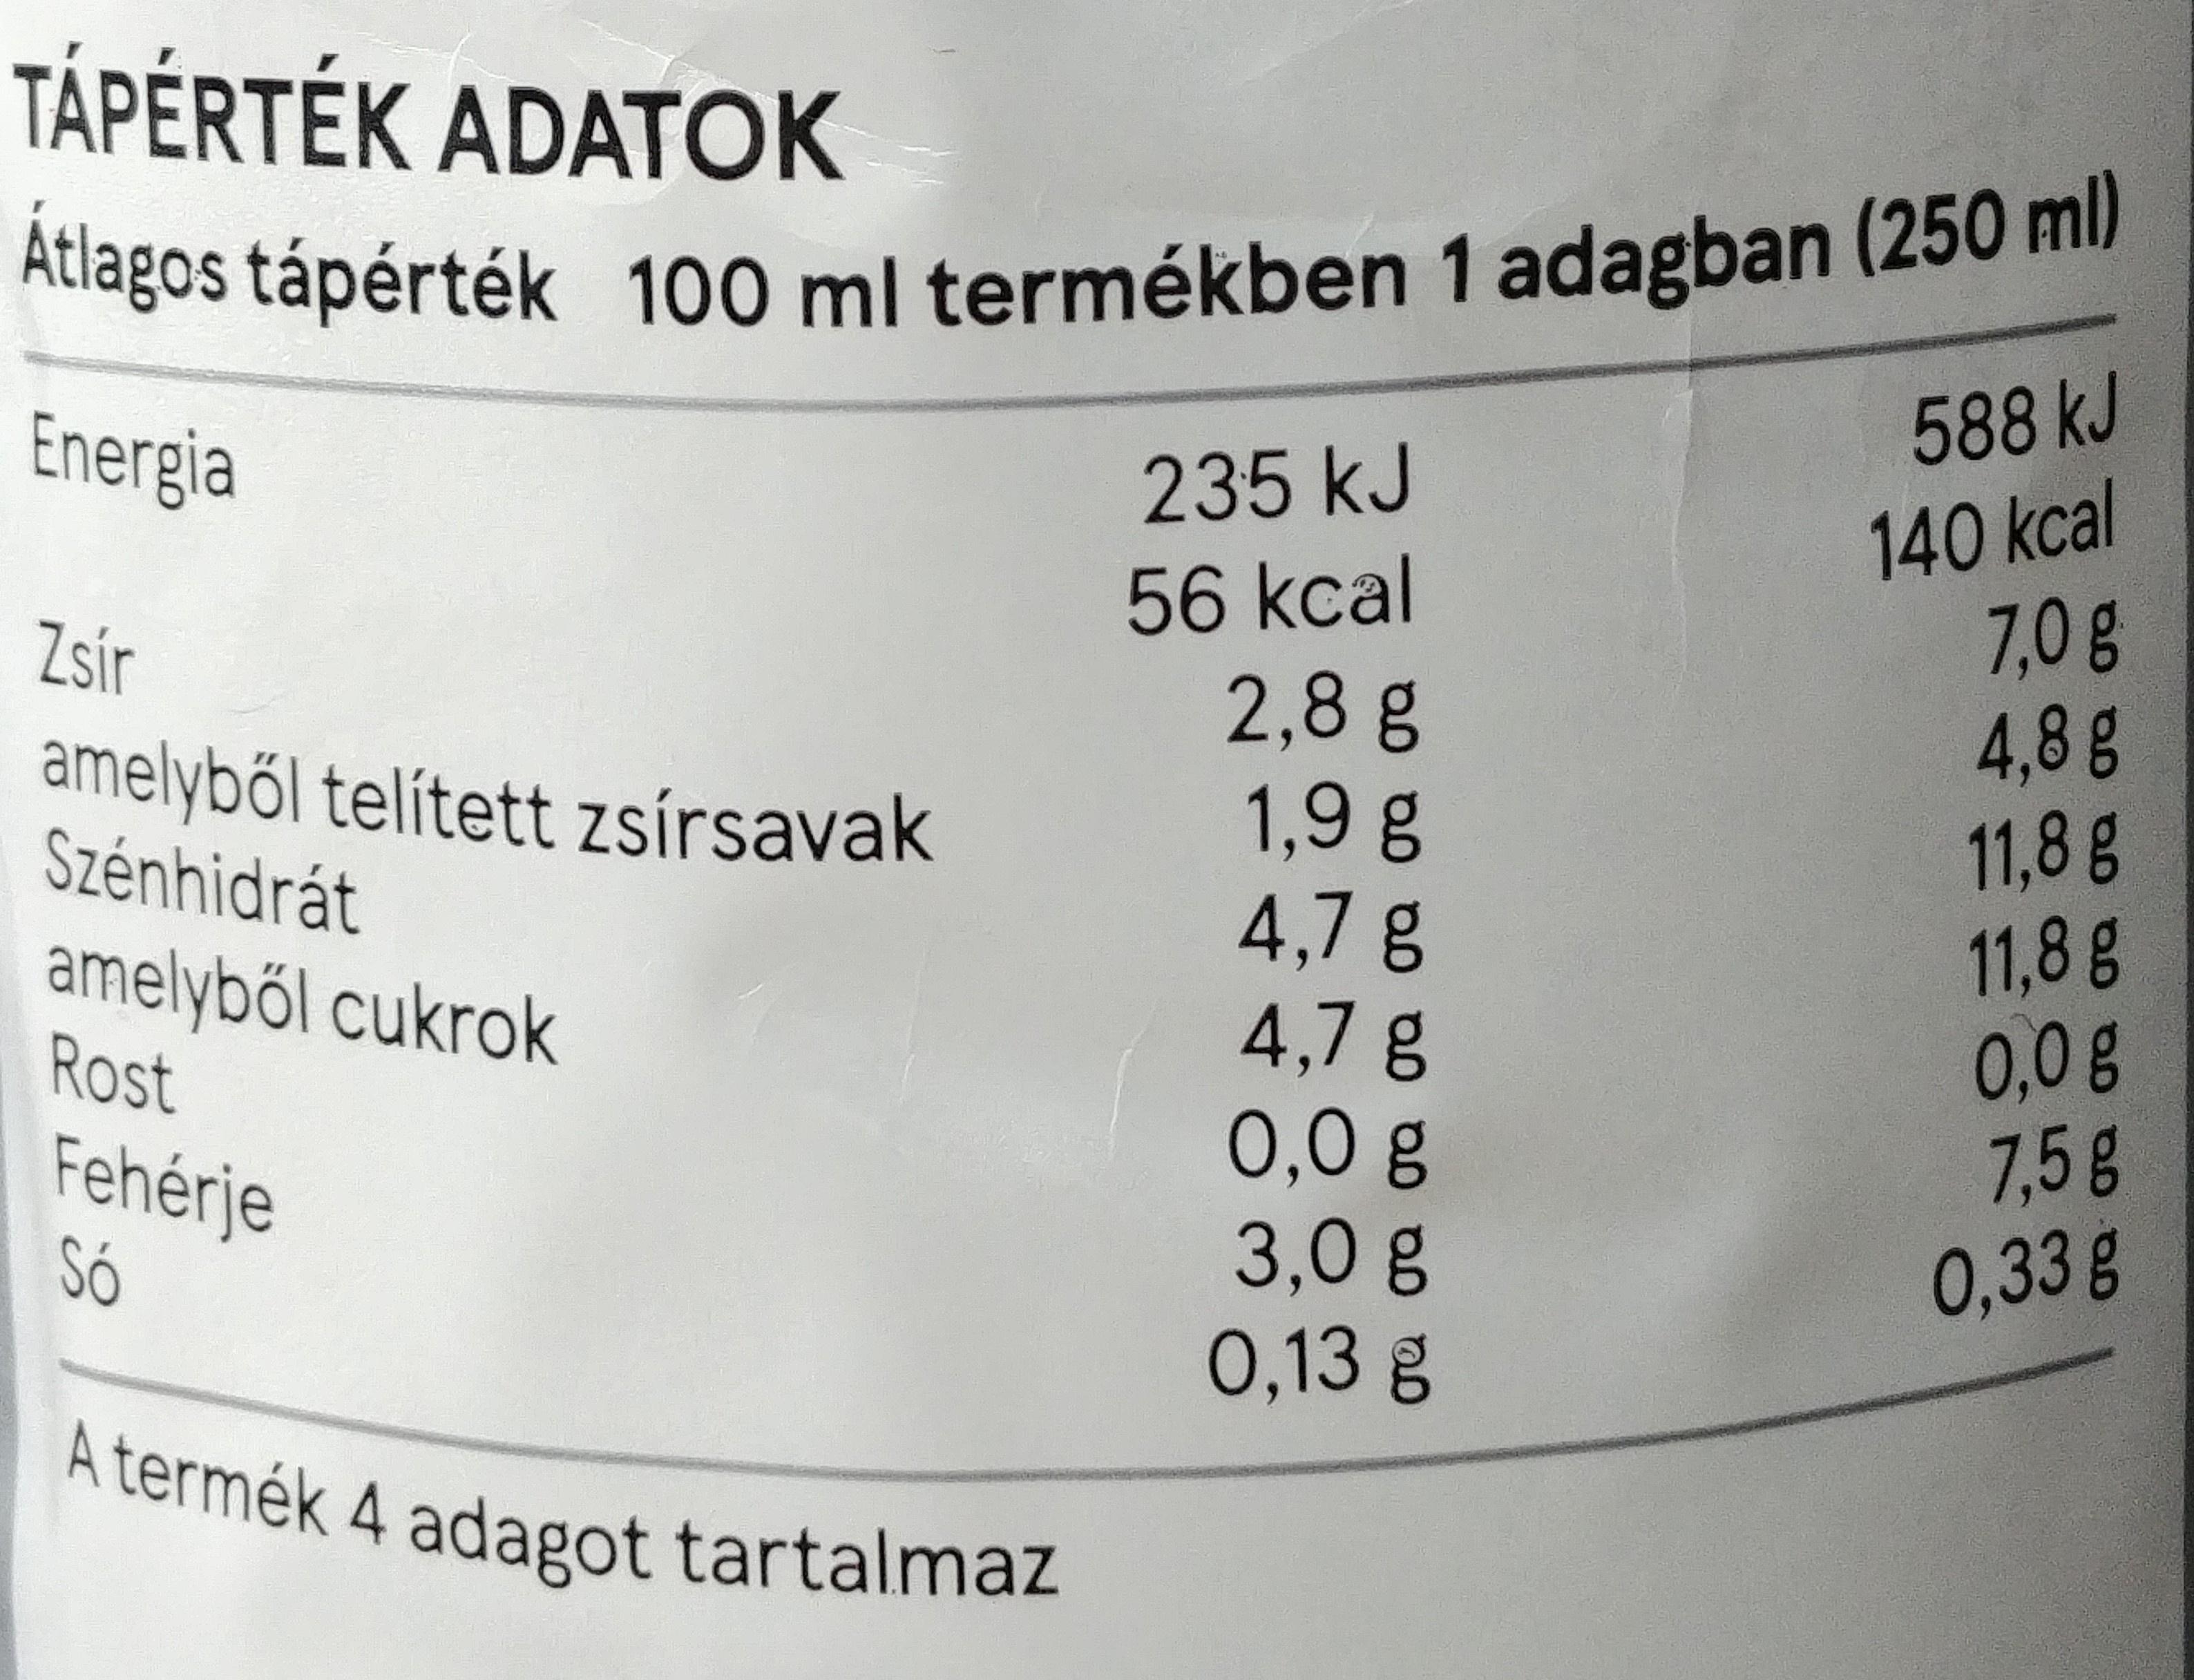
TÁPÉRTÉK ADATOK
Átlagos tápérték 100 ml termékben 1 adagban (250 ml)
588 kJ
Energia
235 kJ
56kcal 2,8 g 1,9 g 4,7g 4,7g 0,0g 3,0g 0,13 g
140kcal 7,0 g 4,8 g 11,8 g 11,8 g 0,0g 7,5g 0,33g
Zsír
amelyből telített zsírsavak Szénhidrát
amelyből cukrok Rost
Fehérje Só
A termék 4 adagot tartalmaz